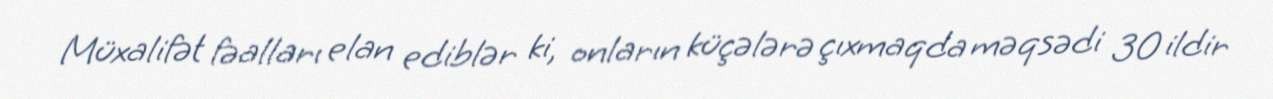
Müxalifət fəalları elan ediblər ki, onların küçələrə çıxmaqda məqsədi 30 ildir